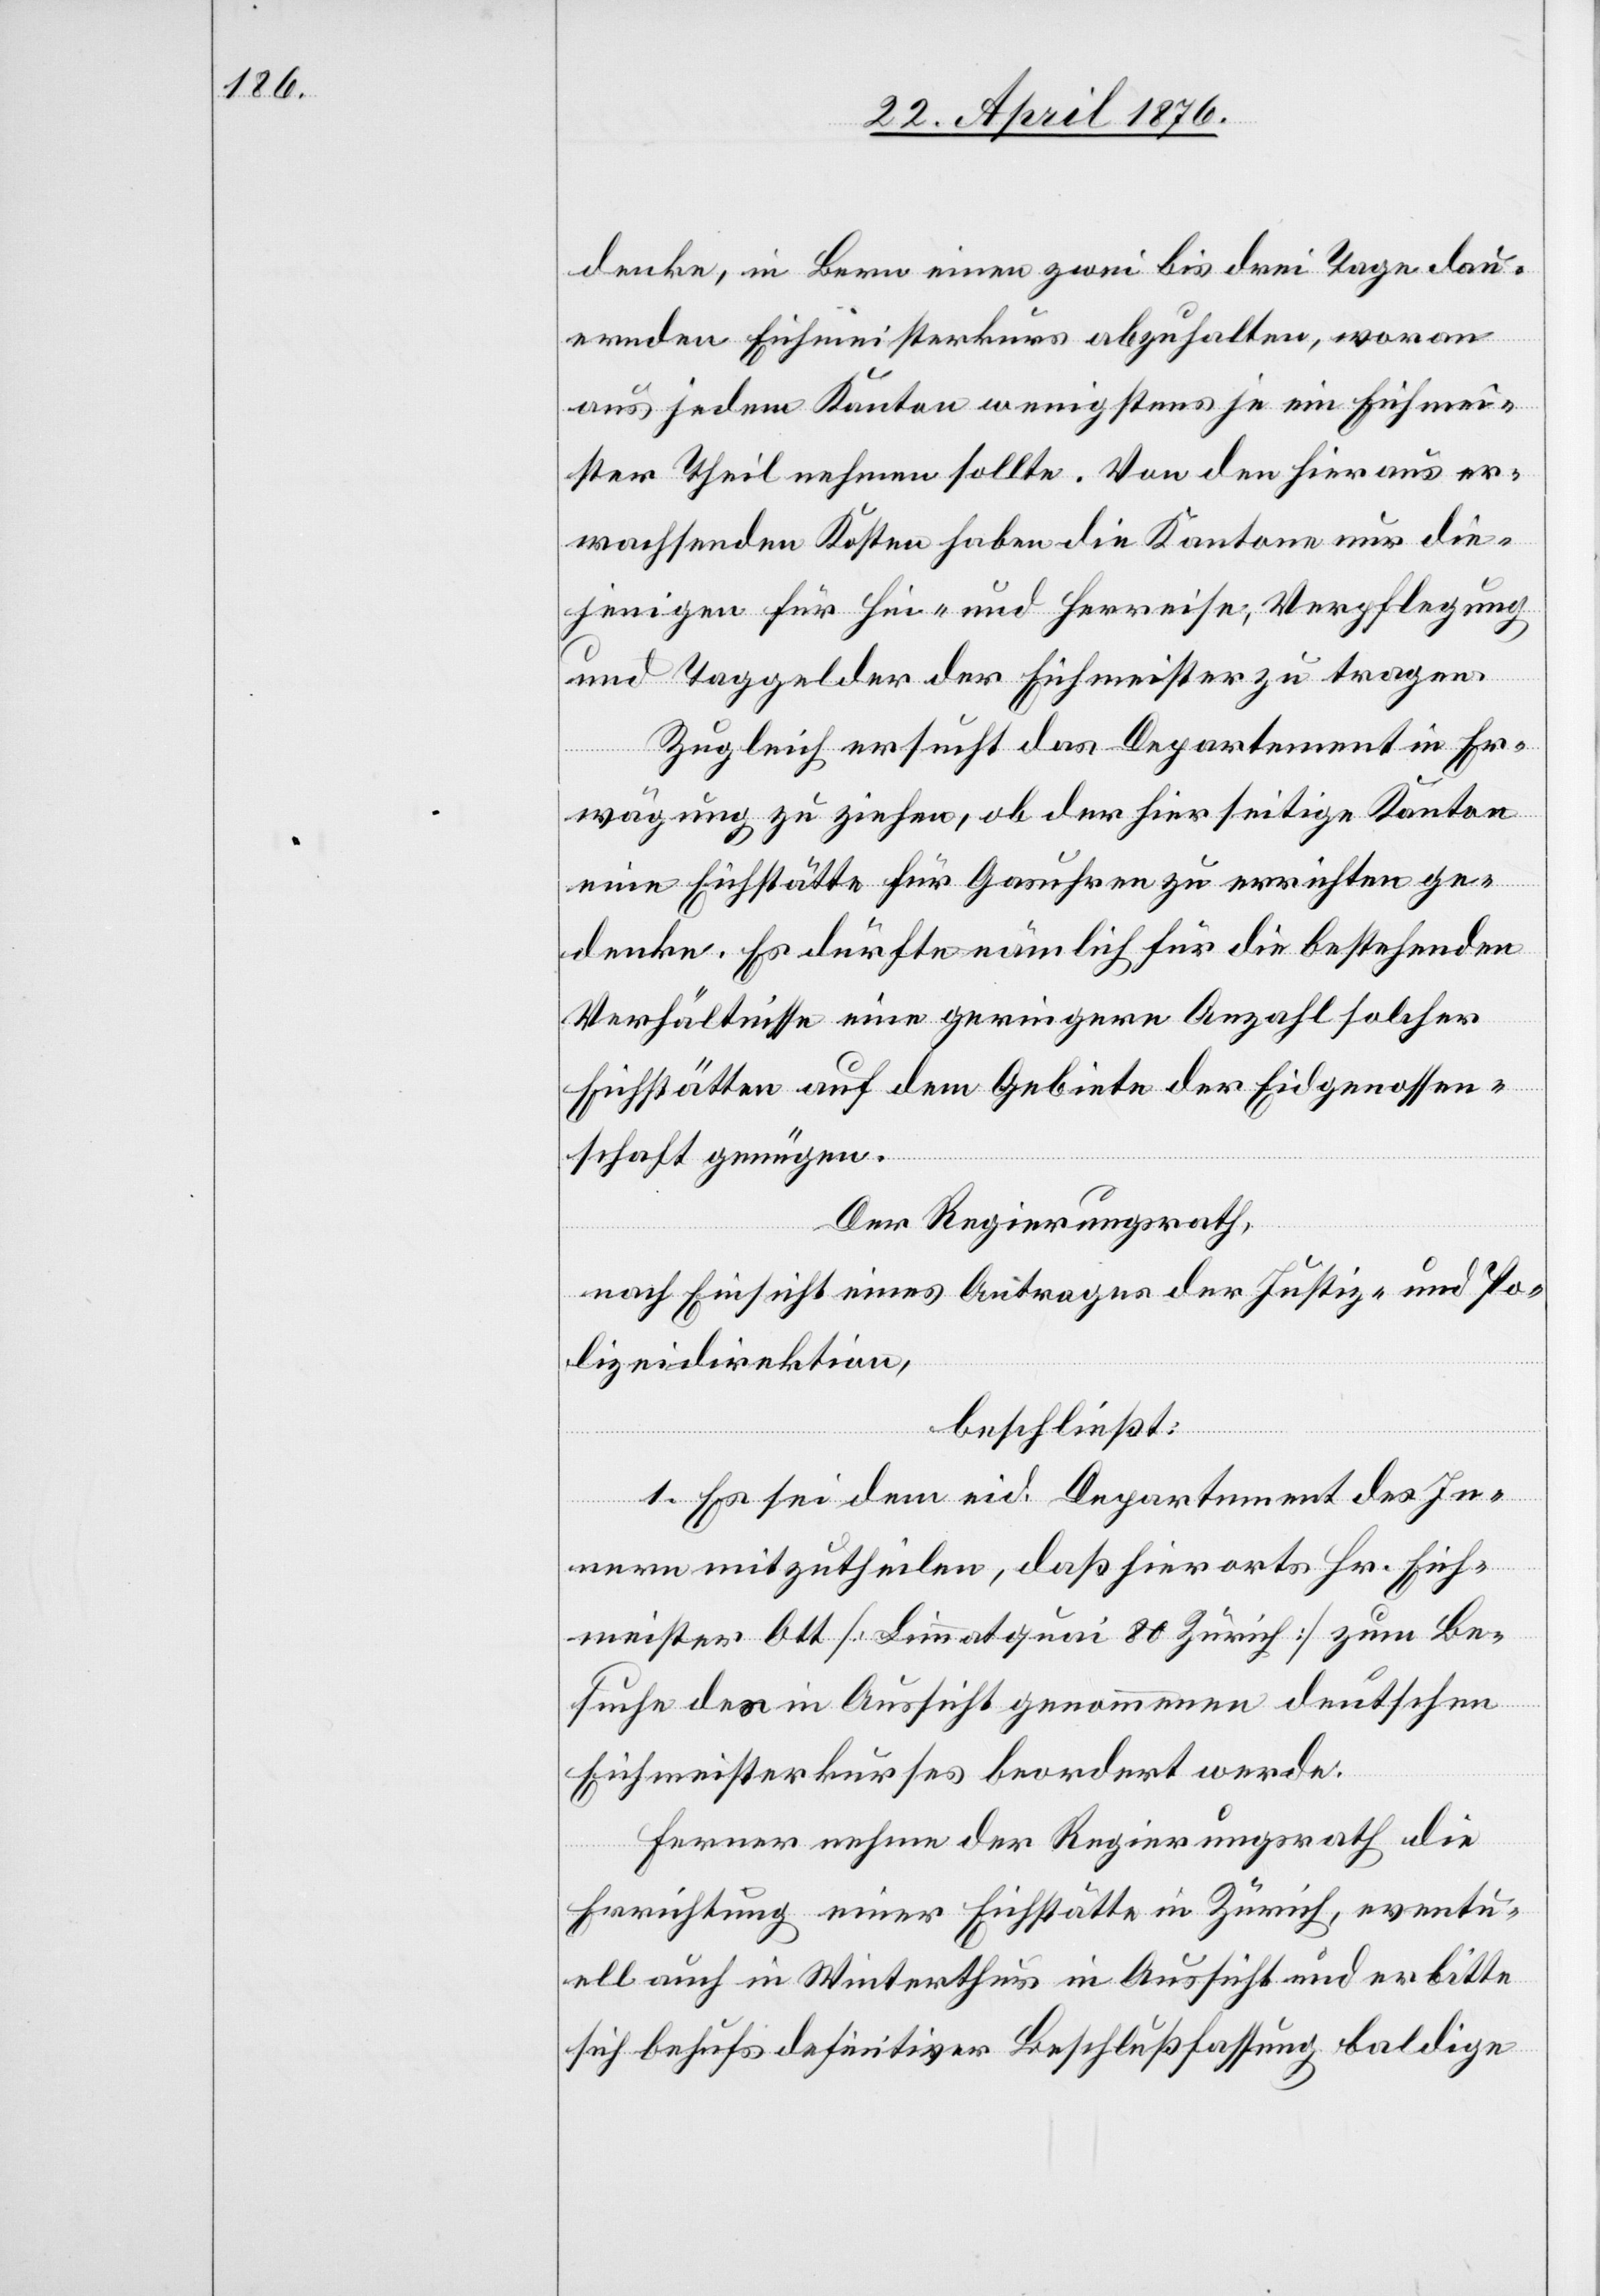
denke, in Bern einen zwei bis drei Tage dau¬
ernden Eichmeisterkurs abzuhalten, woran
aus jedem Kanton wenigstens je ein Eichmei¬
ster Theil nehmen sollte. Von den hieraus er¬
wachsenden Kosten haben die Kantone nur die¬
jenigen für Hin- und Herreise, Verpflegung
und Taggelder der Eichmeister zu tragen.
Zugleich ersucht das Departement in Er¬
wägung zu ziehen, ob der hierseitige Kanton
eine Eichstätte für Gasuhren zu errichten ge¬
denke. Es dürfte nämlich für die bestehenden
Verhältnisse eine geringere Anzahl solcher
Eichstätten auf dem Gebiete der Eidgenossen¬
schaft genügen.
Der Regierungsrath,
nach Einsicht eines Antrages der Justiz- und Po¬
lizeidirektion,
beschließt:
1. Es sei dem eid. Departement des In¬
nern mitzutheilen, das hierorts Hr. Eich¬
meister Ott [Limmatquai 80 Zürich] zum Be¬
suche des in Aussicht genommenen deutschen
Eichmeisterkurses beordert werde.
Ferner nehme der Regierungsrath die
Errichtung einer Eichstätte in Zürich, eventu¬
ell auch in Winterthur in Aussicht und erbitte
sich behufs definitiver Beschlußfassung baldige